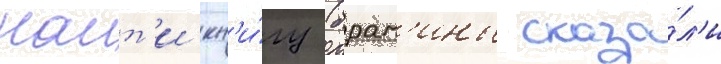
наит'и кн'и́гу (брам'ины сказа́л'и